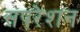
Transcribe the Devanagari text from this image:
सपरेशन